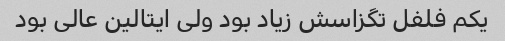
یکم فلفل تگزاسش زیاد بود ولی ایتالین عالی بود